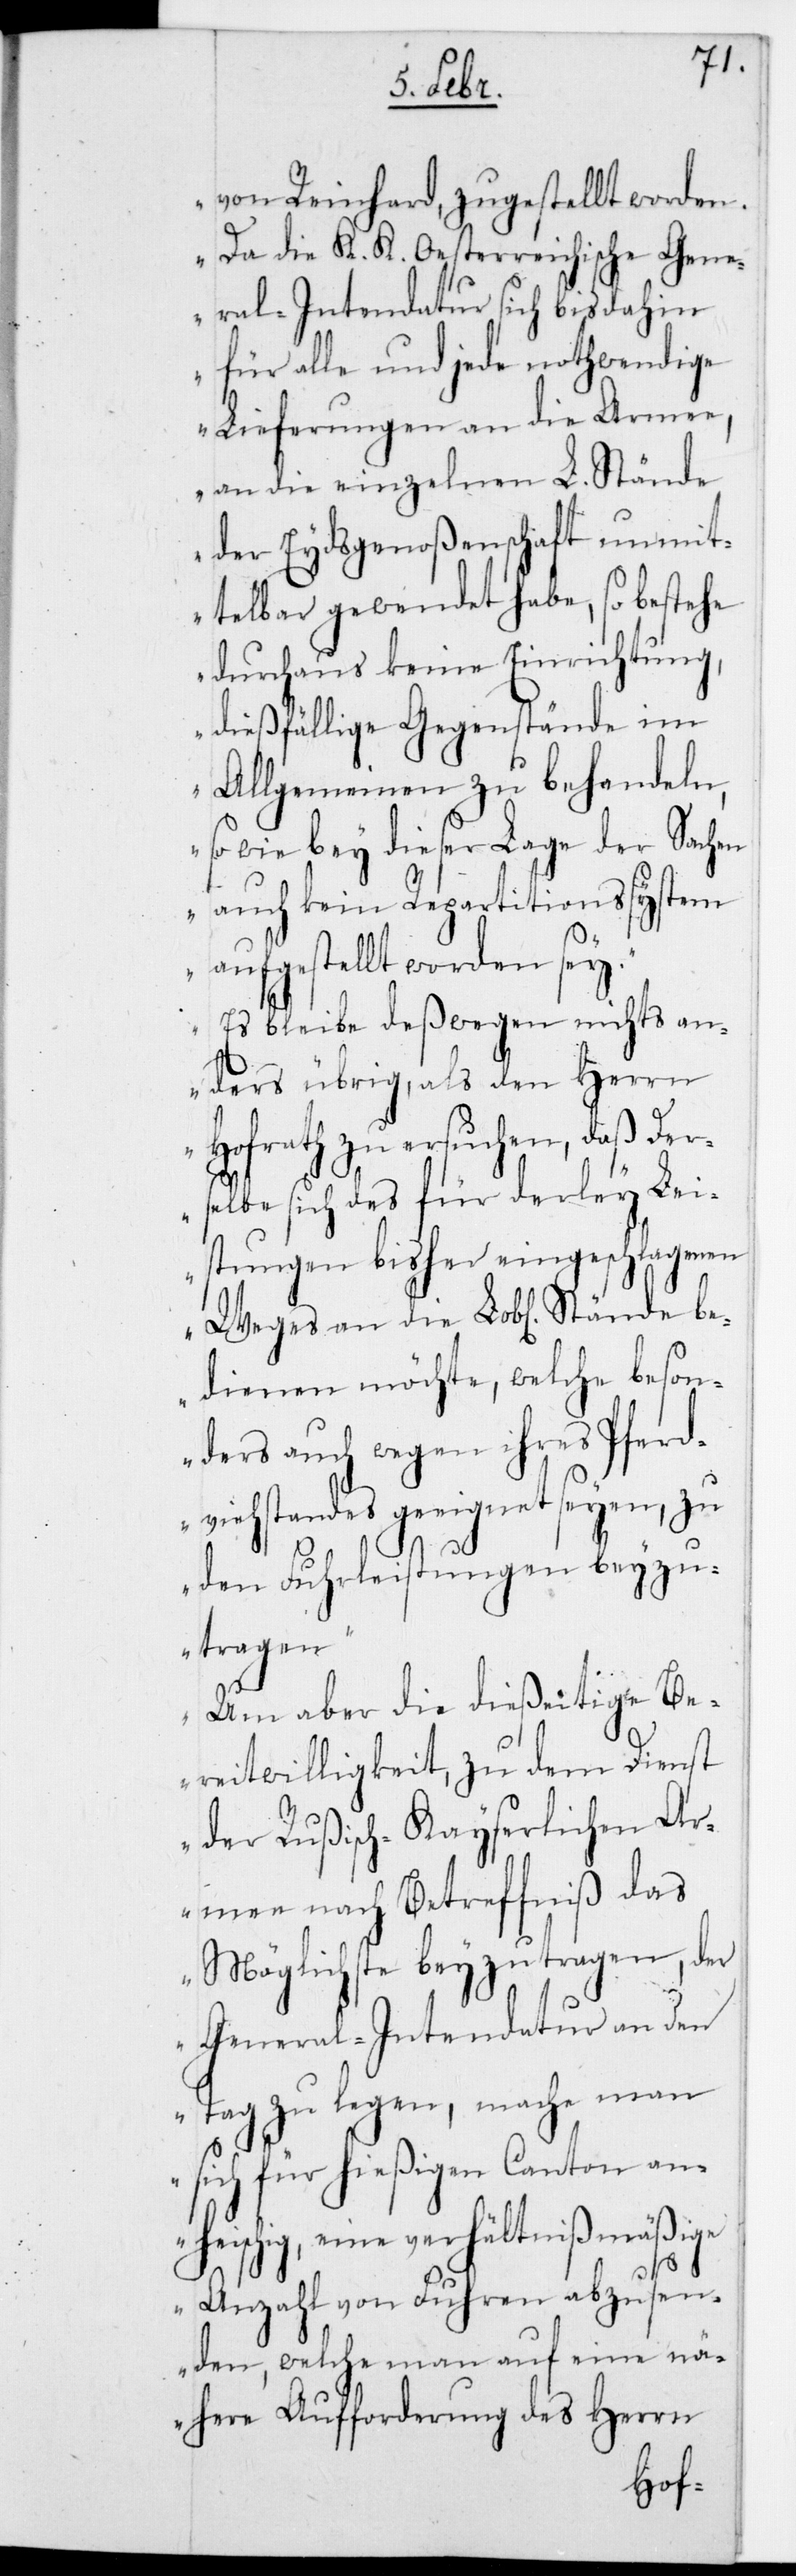
von Reinhard, zugestellt worden.
Da die K. K. Oesterreichische Gene¬
ral-Intendantur sich bis dahin
für alle und jede nothwendige
Lieferungen an die Armee,
an die einzelnen L. Stände
der Eydsgenoßenschaft unmit¬
telbar gewendet habe, so bestehe
durchaus keine Einrichtung,
dießfällige Gegenstände im
Allgemeinen zu behandeln,
so wie bey dieser Lage der Sachen
auch kein Repartitionssystem
aufgestellt worden sei.
Es bleibe deßwegen nichts an¬
ders übrig, als den Herrn
Hofrath zu ersuchen, daß der¬
selbe sich des für derlei Lei¬
stungen bisher eingeschlagenen
Weges an die Lobl. Stände be¬
dienen möchte, welche beson¬
ders auch wegen ihres Pferd¬
viehstandes geeignet seyen, zu
den Fuhrleistungen beyzu¬
tragen.
Um aber die dießeitige Be¬
reitwilligkeit, zu dem Dienst
der Rußisch-Kayserlichen Ar¬
mee nach Betreffnis das
Möglichste beyzutragen, der
General-Intendantur an den
Tag zu legen, mache man
sich für hießigen Canton an¬
heischig, eine Verhältnißmäßige
Anzahl von Fuhren abzusen¬
den, welche man auf eine nä¬
here Aufforderung des Herrn